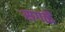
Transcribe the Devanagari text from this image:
सगळें